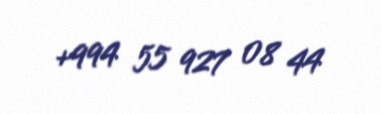
+994 55 927 08 44